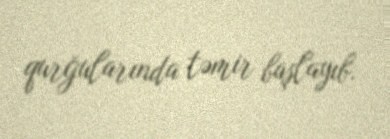
qurğularında təmir başlayıb.